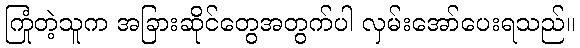
ကြုံတဲ့သူက အခြားဆိုင်တွေအတွက်ပါ လှမ်းအော်ပေးရသည်။